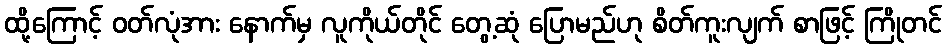
ထို့ကြောင့် ဝတ်လုံအား နောက်မှ လူကိုယ်တိုင် တွေ့ဆုံ ပြောမည်ဟု စိတ်ကူးလျက် စာဖြင့် ကြိုတင်